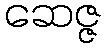
ဆေဇ္ဇ